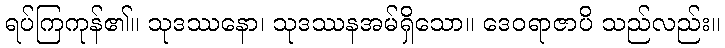
ရပ်ကြကုန်၏။ သုဒဿနော၊ သုဒဿနအမ်ရှိသော။ ဒေဝရာဇာပိ သည်လည်း။